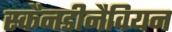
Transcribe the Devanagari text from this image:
स्कैनडीनैवियन